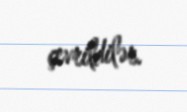
çevrildilər.